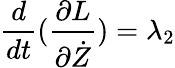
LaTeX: \frac{d}{dt}(\frac{\partial L}{\partial\dot{Z}})=\lambda_{2}